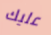
عليك